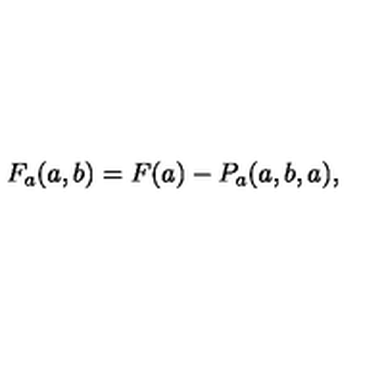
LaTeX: F _ { a } ( a , b ) = F ( a ) - P _ { a } ( a , b , a ) ,